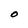
Character: O